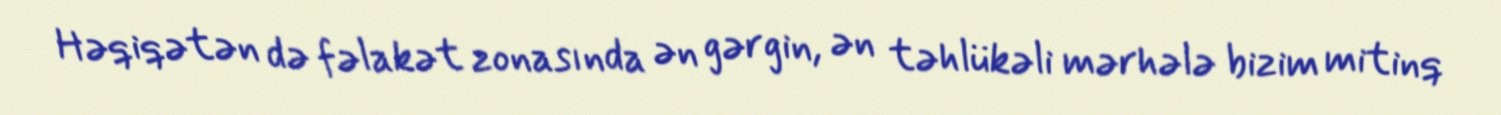
Həqiqətən də fəlakət zonasında ən gərgin, ən təhlükəli mərhələ bizim mitinq